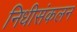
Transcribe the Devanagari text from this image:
निधीसंकलन